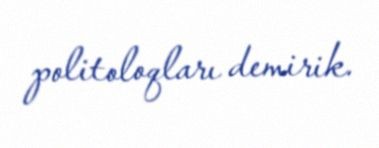
politoloqları demirik.